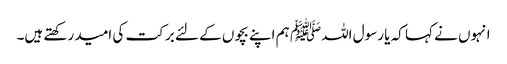
انہوں نے کہا کہ یا رسول اللہﷺ ہم اپنے بچوں کے لئے برکت کی امید رکھتے ہیں۔